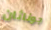
جوناثان